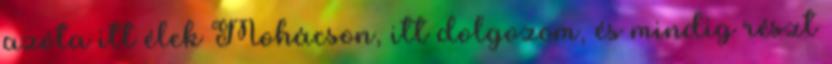
azóta itt élek Mohácson, itt dolgozom, és mindig részt